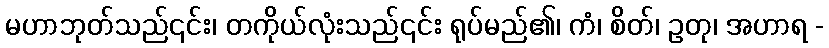
မဟာဘုတ်သည်၎င်း၊ တကိုယ်လုံးသည်၎င်း ရုပ်မည်၏၊ ကံ၊ စိတ်၊ ဥတု၊ အဟာရ -